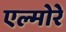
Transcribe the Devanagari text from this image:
एल्मोरे